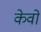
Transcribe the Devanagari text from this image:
केवों